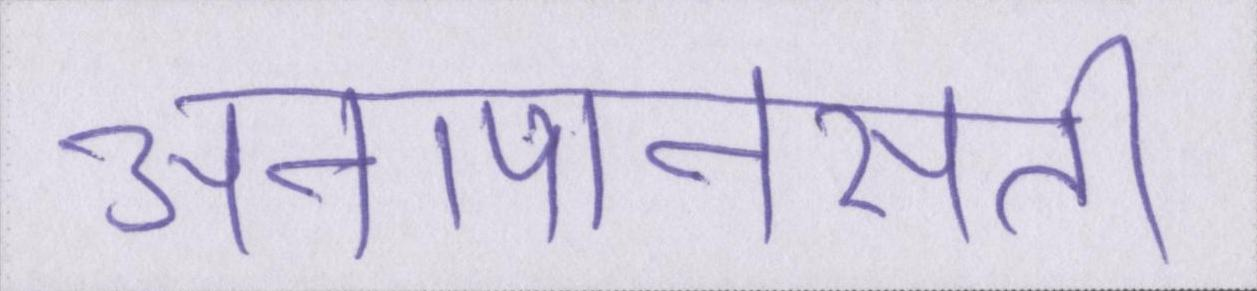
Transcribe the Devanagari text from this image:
अनापानसती